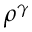
\rho ^ { \gamma }